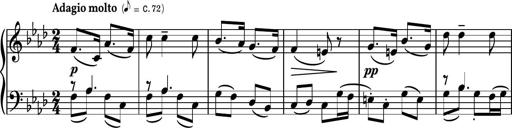
Title: Piano Sonatina II
Composer: Dimitri Sykias
Key: F major